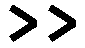
>>